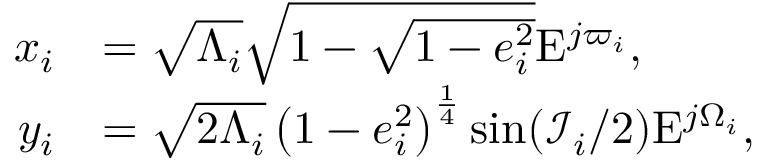
\begin{array} { r l } { x _ { i } } & { = \sqrt { \Lambda _ { i } } \sqrt { 1 - \sqrt { 1 - e _ { i } ^ { 2 } } } \mathrm { E } ^ { j \varpi _ { i } } , } \\ { y _ { i } } & { = \sqrt { 2 \Lambda _ { i } } \left( 1 - e _ { i } ^ { 2 } \right) ^ { \frac { 1 } { 4 } } \sin ( \mathcal { I } _ { i } / 2 ) \mathrm { E } ^ { j \Omega _ { i } } , } \end{array}